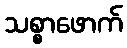
သစ္စာဖောက်